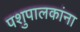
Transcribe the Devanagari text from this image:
पशुपालकांना